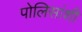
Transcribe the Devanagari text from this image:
पोलिसांशी